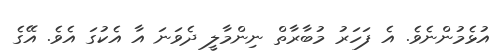
އުޅެމުންނެވެ. އެ ފަހަރު މުބާރާތް ނިންމާލީ ދެވަނަ އާ އެކުގަ އެވެ. އޭގެ